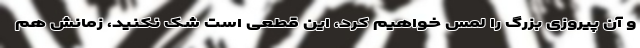
و آن پیروزی بزرگ را لمس خواهیم کرد، این قطعی است شک نکنید، زمانش هم